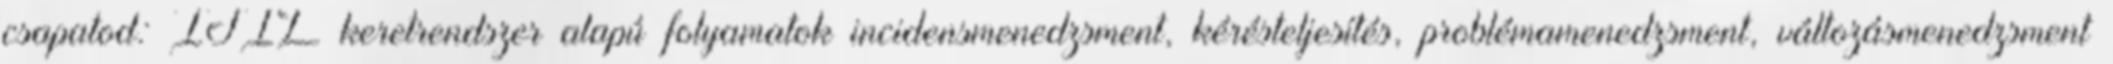
csapatod: ITIL keretrendszer alapú folyamatok incidensmenedzsment, kérésteljesítés, problémamenedzsment, változásmenedzsment